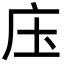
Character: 庒